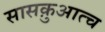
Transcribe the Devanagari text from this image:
सासक़ुआत्च